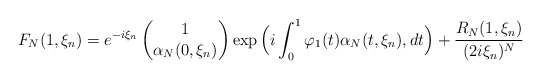
\begin{align*}F_N(1,\xi_n)= e^{-i\xi_n} \begin{pmatrix}1\\ \alpha_N(0,\xi_n)\end{pmatrix} \exp\Big(i \int_0^1\varphi_1(t)\alpha_N(t,\xi_n),dt\Big)+\frac{ R_N(1,\xi_n)}{(2i\xi_n)^N}\end{align*}